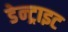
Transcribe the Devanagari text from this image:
डेन्ट्राइट